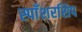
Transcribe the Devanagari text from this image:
स्पाँशरशिप